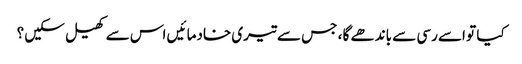
کیا تو اسے رسی سے باندھے گا ، جس سے تیری خادما ئیں اس سے کھیل سکیں ؟